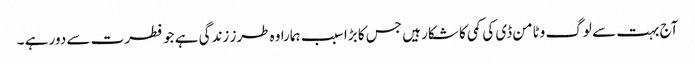
آج بہت سے لوگ وٹامن ڈی کی کمی کا شکار ہیں جس کا بڑا سبب ہمارا وہ طرز زندگی ہے جو فطرت سے دور ہے ۔